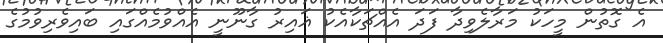
އެ ގޮތުން މީހަކު މަރާލެވިދާ ފަދަ އެއްޗަކާއެކު ޣައިރު ގާނޫނީ އެއްވުމެއްގައި ބައިވެރިވުމުގެ